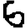
Digit: 6